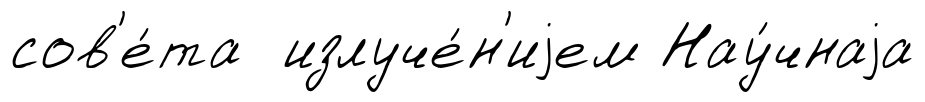
сов'е́та излуче́н'иjем Нау́чнаjа